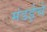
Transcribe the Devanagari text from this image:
मंडईचे